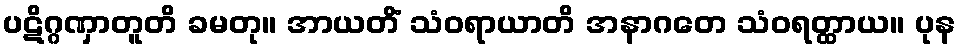
ပဋိဂ္ဂဏှာတူတိ ခမတု။ အာယတိံ သံဝရာယာတိ အနာဂတေ သံဝရတ္ထာယ။ ပုန